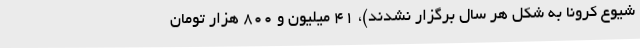
شیوع کرونا به شکل هر سال برگزار نشدند)، 41 میلیون و 800 هزار تومان